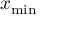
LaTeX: x _ { \mathrm { m i n } }